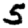
Digit: 5